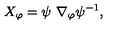
X _ { \varphi } = \psi \ \nabla _ { \varphi } \psi ^ { - 1 } ,